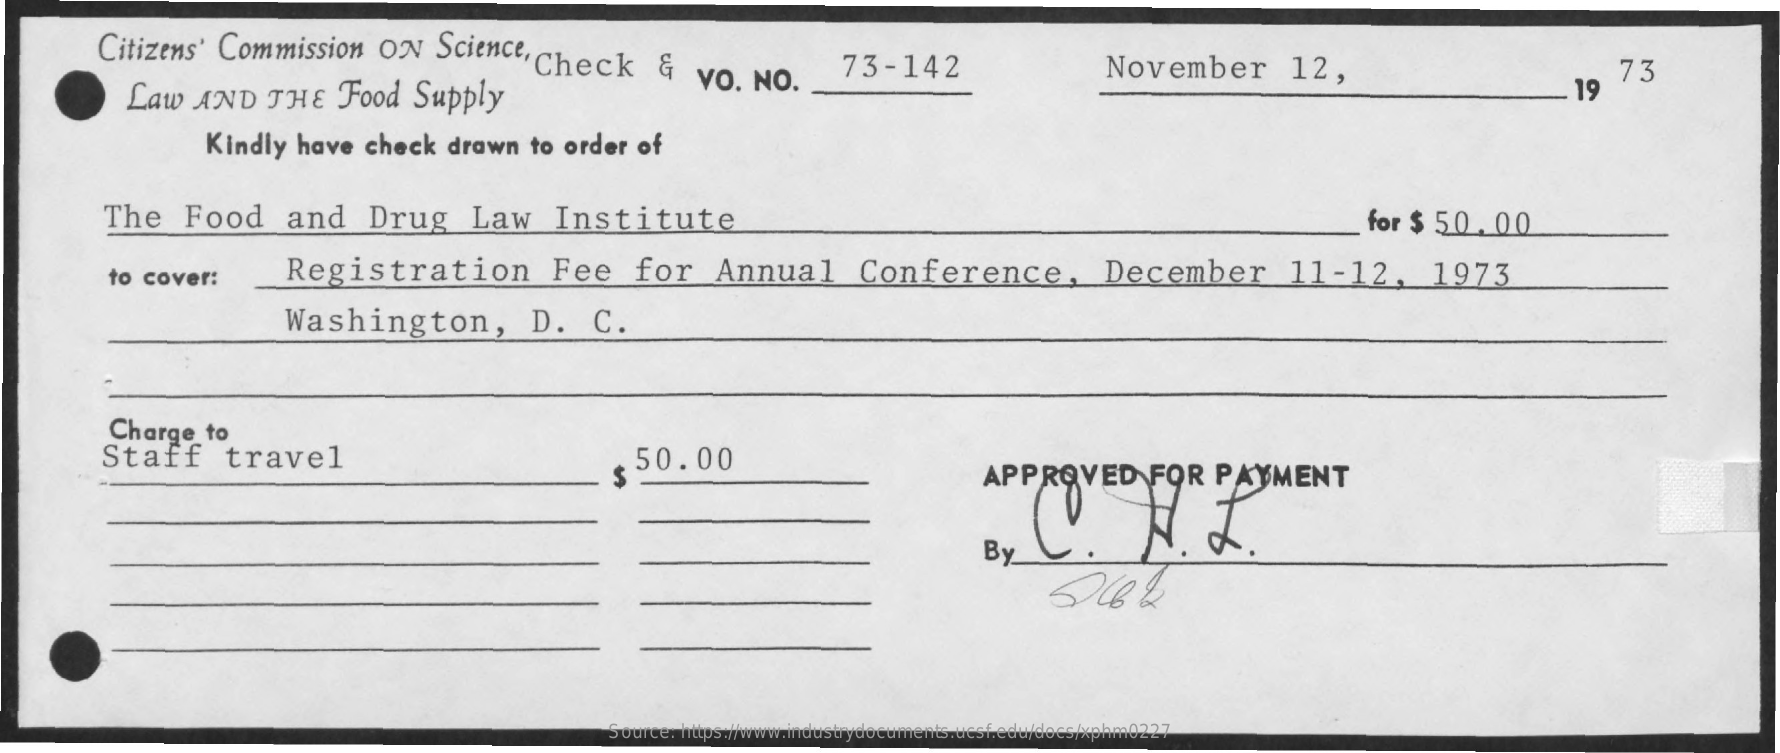
Citizens' Commission ON Science, Check & vo. NO. Law AND THE Food Supply
     73-142    November 12,
     19
     73
     Kindly have check drawn to order of
     The Food and Drug Law Institute    for $ 50. 00
     to cover: Registration Fee for Annual Conference, December 11-12, 1973
     Washington, D. C.
     Charge to
     Staff travel    50.00
     APPROVED FOR PAYMENT
     Source: https://www.industrydocuments.ucsf.edu/docs/xphm0227